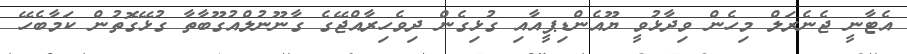
އެޓާނީ ޖެނެރަލް މިހެން ވިދާޅުވީ ޔޫއެންޑިޕީއާއި ގުޅިގެން ދިވެހިރާއްޖޭގެ ގާނޫނުލްއުގޫބާތާ ގުޅޭގޮތުން ކަމާބެހޭ